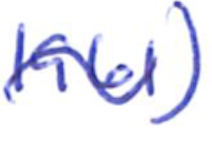
Text: 1961)
Cross-out: mix
Writing tool: ballpoint